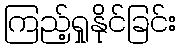
ကြည့်ရှုနိုင်ခြင်း